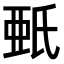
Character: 𣱌